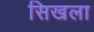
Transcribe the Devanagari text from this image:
सिखला